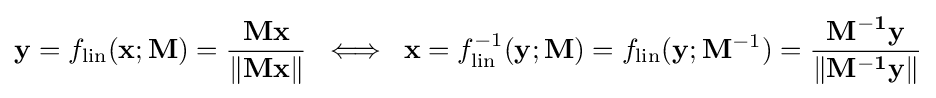
\mathbf {y} =f_{\text{lin}}(\mathbf {x} ;\mathbf {M} )={\frac {\mathbf {Mx} }{\lVert \mathbf {Mx} \rVert }}\;\iff \;\mathbf {x} =f_{\text{lin}}^{-1}(\mathbf {y} ;\mathbf {M} )=f_{\text{lin}}(\mathbf {y} ;\mathbf {M} ^{-1})={\frac {\mathbf {M^{-1}y} }{\lVert \mathbf {M^{-1}y} \rVert }}